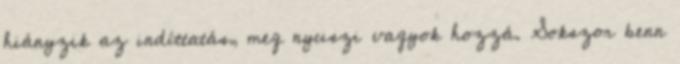
hiányzik az indíttatás, meg nyuszi vagyok hozzá. Sokszor benn